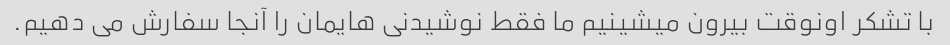
با تشکر اونوقت بیرون میشینیم ما فقط نوشیدنی هایمان را آنجا سفارش می دهیم.